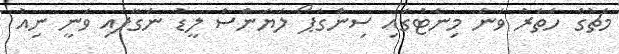
މެޗުގެ ހަތަރު ވަނަ މިނެޓުގައި ސިންގަޕޯ ލަޔަންސް ލީޑު ނަގާފައި ވަނީ ނިއު